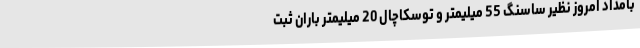
بامداد امروز نظیر ساسنگ 55 میلیمتر و توسکاچال 20 میلیمتر باران ثبت